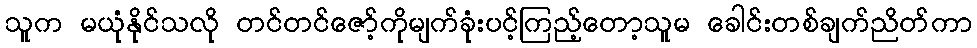
သူက မယုံနိုင်သလို တင်တင်ဇော့်ကိုမျက်ခုံးပင့်ကြည့်တော့သူမ ခေါင်းတစ်ချက်ညိတ်ကာ